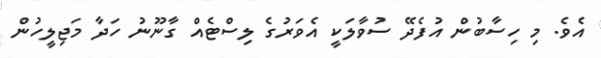
އެވެ. މި ހިސާބުން އުފެދޭ ސުވާލަކީ އެވަރުގެ ލިސްޓެއް ގާނޫނު ހަދާ މަޖިލީހުން